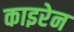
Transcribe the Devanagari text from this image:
काइरेन